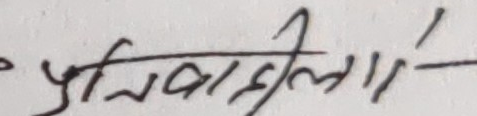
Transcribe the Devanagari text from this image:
प्रतिबाहीलाई-